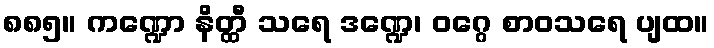
၈၈၅။ ကဏ္ဍော နိတ္ထီ သရေ ဒဏ္ဍေ၊ ဝဂ္ဂေ စာဝသရေ ပျထ။